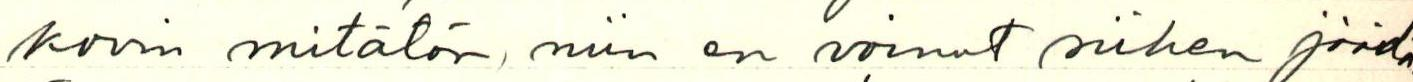
kovin mitätön, niin en voinut siihen jäädä